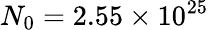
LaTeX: N_{0}=2.55\times 10^{25}